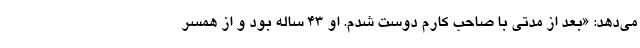
می‌دهد: «بعد از مدتی با صاحب کارم دوست شدم. او ۴۳ ساله بود و از همسر